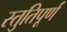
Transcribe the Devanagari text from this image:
स्तुतिपूर्ण